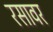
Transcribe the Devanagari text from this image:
रसावर